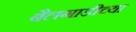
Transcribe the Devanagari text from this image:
बैलगाडीच्या